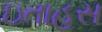
ઇતાહસ